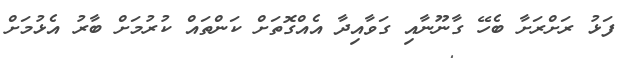
ފަޅު ރަށްރަށާ ބެހޭ ގާނޫނާއި ގަވާއިދާ އެއްގޮތަށް ކަންތައް ކުރުމަށް ބާރު އެޅުމަށް